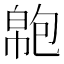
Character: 𢄝